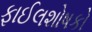
ફાઈલશોષકો